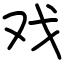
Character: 戏